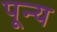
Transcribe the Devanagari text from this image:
पून्य